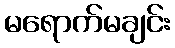
မရောက်မချင်း